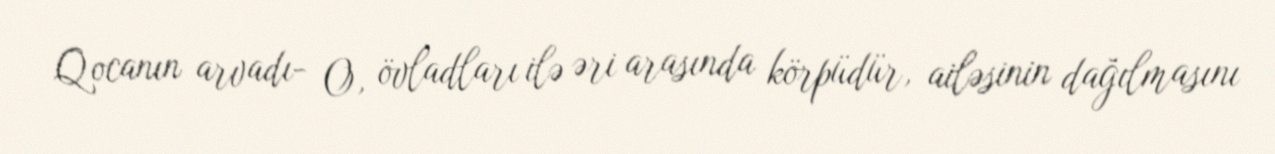
Qocanın arvadı- O, övladları ilə əri arasında körpüdür, ailəsinin dağılmasını